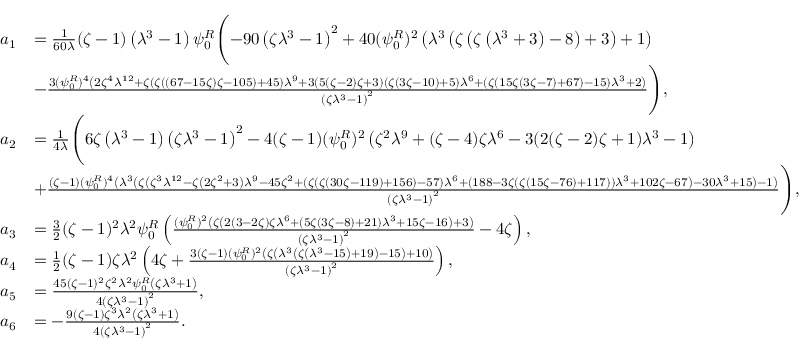
\begin{array} { r l } { a _ { 1 } } & { = \frac { 1 } { 6 0 \lambda } ( \zeta - 1 ) \left( \lambda ^ { 3 } - 1 \right) \psi _ { 0 } ^ { R } \Biggl ( - 9 0 \left( \zeta \lambda ^ { 3 } - 1 \right) ^ { 2 } + 4 0 ( \psi _ { 0 } ^ { R } ) ^ { 2 } \left( \lambda ^ { 3 } \left( \zeta \left( \zeta \left( \lambda ^ { 3 } + 3 \right) - 8 \right) + 3 \right) + 1 \right) } \\ & { - \frac { 3 ( \psi _ { 0 } ^ { R } ) ^ { 4 } \left( 2 \zeta ^ { 4 } \lambda ^ { 1 2 } + \zeta ( \zeta ( ( 6 7 - 1 5 \zeta ) \zeta - 1 0 5 ) + 4 5 ) \lambda ^ { 9 } + 3 ( 5 ( \zeta - 2 ) \zeta + 3 ) ( \zeta ( 3 \zeta - 1 0 ) + 5 ) \lambda ^ { 6 } + ( \zeta ( 1 5 \zeta ( 3 \zeta - 7 ) + 6 7 ) - 1 5 ) \lambda ^ { 3 } + 2 \right) } { \left( \zeta \lambda ^ { 3 } - 1 \right) ^ { 2 } } \Biggr ) , } \\ { a _ { 2 } } & { = \frac { 1 } { 4 \lambda } \Biggl ( 6 \zeta \left( \lambda ^ { 3 } - 1 \right) \left( \zeta \lambda ^ { 3 } - 1 \right) ^ { 2 } - 4 ( \zeta - 1 ) ( \psi _ { 0 } ^ { R } ) ^ { 2 } \left( \zeta ^ { 2 } \lambda ^ { 9 } + ( \zeta - 4 ) \zeta \lambda ^ { 6 } - 3 ( 2 ( \zeta - 2 ) \zeta + 1 ) \lambda ^ { 3 } - 1 \right) } \\ & { + \frac { ( \zeta - 1 ) ( \psi _ { 0 } ^ { R } ) ^ { 4 } \left( \lambda ^ { 3 } \left( \zeta \left( \zeta ^ { 3 } \lambda ^ { 1 2 } - \zeta \left( 2 \zeta ^ { 2 } + 3 \right) \lambda ^ { 9 } - 4 5 \zeta ^ { 2 } + ( \zeta ( \zeta ( 3 0 \zeta - 1 1 9 ) + 1 5 6 ) - 5 7 ) \lambda ^ { 6 } + ( 1 8 8 - 3 \zeta ( \zeta ( 1 5 \zeta - 7 6 ) + 1 1 7 ) ) \lambda ^ { 3 } + 1 0 2 \zeta - 6 7 \right) - 3 0 \lambda ^ { 3 } + 1 5 \right) - 1 \right) } { \left( \zeta \lambda ^ { 3 } - 1 \right) ^ { 2 } } \Biggr ) , } \\ { a _ { 3 } } & { = \frac { 3 } { 2 } ( \zeta - 1 ) ^ { 2 } \lambda ^ { 2 } \psi _ { 0 } ^ { R } \left( \frac { ( \psi _ { 0 } ^ { R } ) ^ { 2 } \left( \zeta \left( 2 ( 3 - 2 \zeta ) \zeta \lambda ^ { 6 } + ( 5 \zeta ( 3 \zeta - 8 ) + 2 1 ) \lambda ^ { 3 } + 1 5 \zeta - 1 6 \right) + 3 \right) } { \left( \zeta \lambda ^ { 3 } - 1 \right) ^ { 2 } } - 4 \zeta \right) , } \\ { a _ { 4 } } & { = \frac { 1 } { 2 } ( \zeta - 1 ) \zeta \lambda ^ { 2 } \left( 4 \zeta + \frac { 3 ( \zeta - 1 ) ( \psi _ { 0 } ^ { R } ) ^ { 2 } \left( \zeta \left( \lambda ^ { 3 } \left( \zeta \left( \lambda ^ { 3 } - 1 5 \right) + 1 9 \right) - 1 5 \right) + 1 0 \right) } { \left( \zeta \lambda ^ { 3 } - 1 \right) ^ { 2 } } \right) , } \\ { a _ { 5 } } & { = \frac { 4 5 ( \zeta - 1 ) ^ { 2 } \zeta ^ { 2 } \lambda ^ { 2 } \psi _ { 0 } ^ { R } \left( \zeta \lambda ^ { 3 } + 1 \right) } { 4 \left( \zeta \lambda ^ { 3 } - 1 \right) ^ { 2 } } , } \\ { a _ { 6 } } & { = - \frac { 9 ( \zeta - 1 ) \zeta ^ { 3 } \lambda ^ { 2 } \left( \zeta \lambda ^ { 3 } + 1 \right) } { 4 \left( \zeta \lambda ^ { 3 } - 1 \right) ^ { 2 } } . } \end{array}